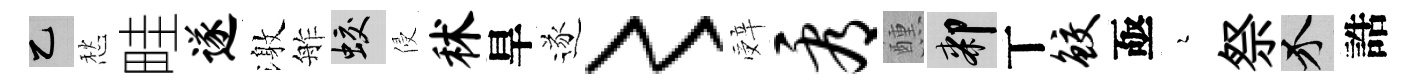
乙愁畦遂激舴蛟侵秫旱遂〻辤看醺膝丅鲛亟瑟祭介誥